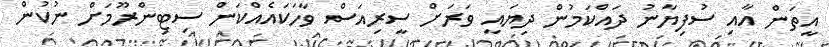
އީތަން އާއި ސުފިޔާނު ދައްކަމުން ދިޔައީ ވަރަށް ސީރިއަސް ވާހަކައެއްކަން ސިޓިންރޫމަށް ނުކުން